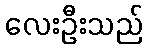
လေးဦးသည်